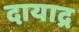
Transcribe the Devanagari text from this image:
दायाद्र